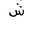
Letter: _shin